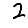
Digit: 2